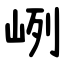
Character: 峢